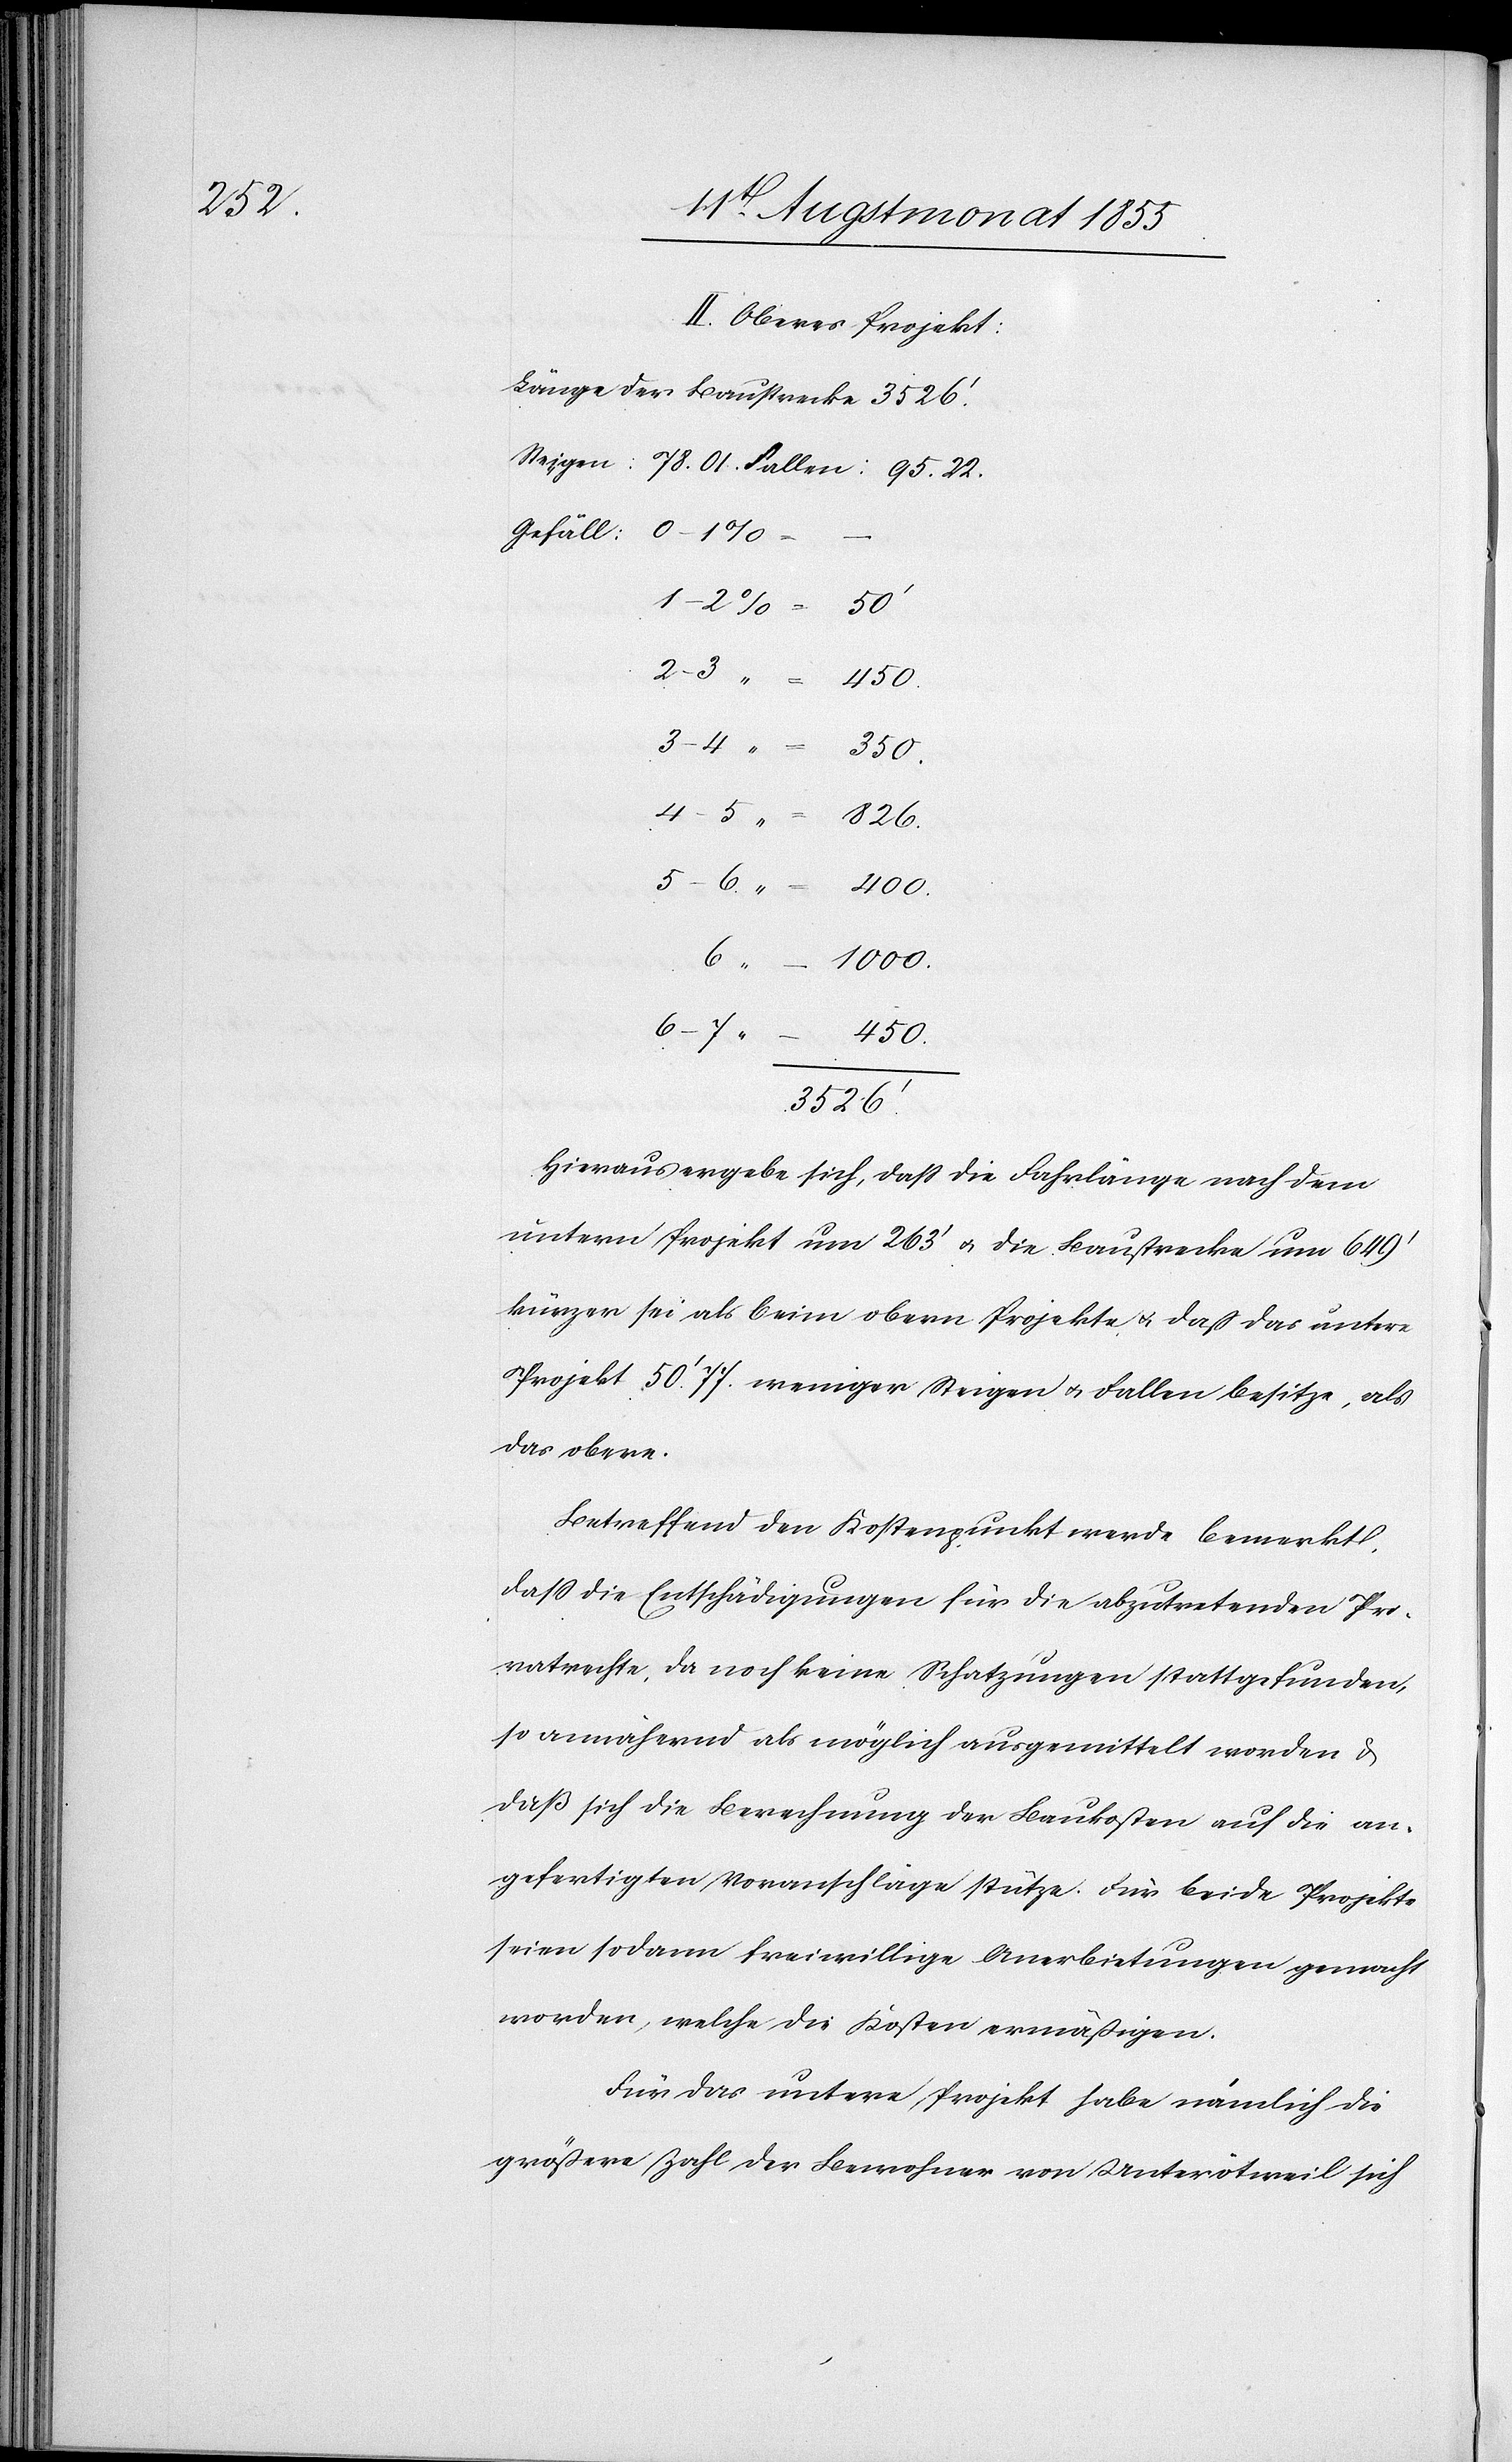
95. 22.

II. Oberes Projekt:
Länge der Baustrecke 3526.‘
2–3 “
450.
6 “
1000.
6–7
–
450.
3526.‘
Hieraus ergebe sich, dass die Fahrlänge nach dem
untern Projekt um 263‘ & die Baustrecke um 649‘
kürzer sei als beim obern Projekte & daß das untere
Projekt 50.‘ 77. weniger Steigen & Fallen besitze, als
das obere.
Betreffend den Kostenpunkt werde bemerkt,
dass die Entschädigungen für die abzutretenden Pri¬
vatrechte, da noch keine Schatzungen stattgefunden,
so annähernd als möglich ausgemittelt worden &
daß sich die Berechnung der Baukosten auf die an¬
gefertigten Voranschläge stütze. Für beide Projekte
seien sodann freiwillige Anerbietungen gemacht
worden, welche die Kosten ermäßigen.
Für das untere Projekt habe nämlich die
größere Zahl der Bewohner von Unterötweil sich